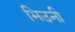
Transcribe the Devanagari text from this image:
भिउनी